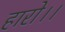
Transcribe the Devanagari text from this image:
हारो।।